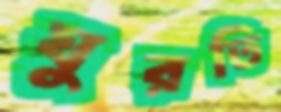
ঘুরতি